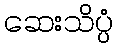
ဆေးသိပ္ပံ